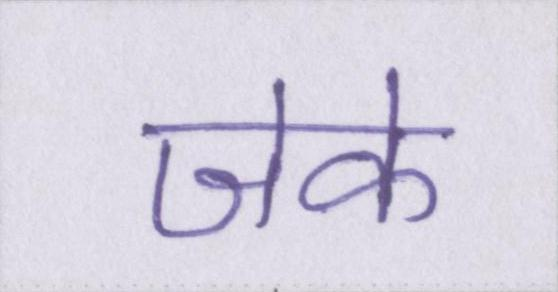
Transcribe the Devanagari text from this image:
जेके